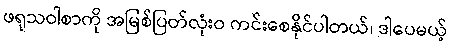
ဖရုသဝါစာကို အမြစ်ပြတ်လုံးဝ ကင်းစေနိုင်ပါတယ်၊ ဒါပေမယ့်